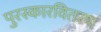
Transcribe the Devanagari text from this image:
पुरस्कारवितरण